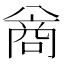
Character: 𪞊